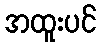
အထူးပင်